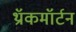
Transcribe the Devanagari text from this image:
थ्रॉकमॉर्टन